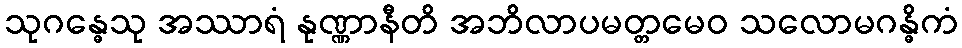
သုဂန္ဓေသု အဿာရံ နုဏ္ဏာနီတိ အဘိလာပမတ္တမေဝ သလောမဂန္ဓိကံ